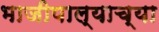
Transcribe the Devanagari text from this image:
भाजीपाल्याच्या